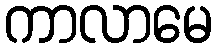
ကာလာမေ